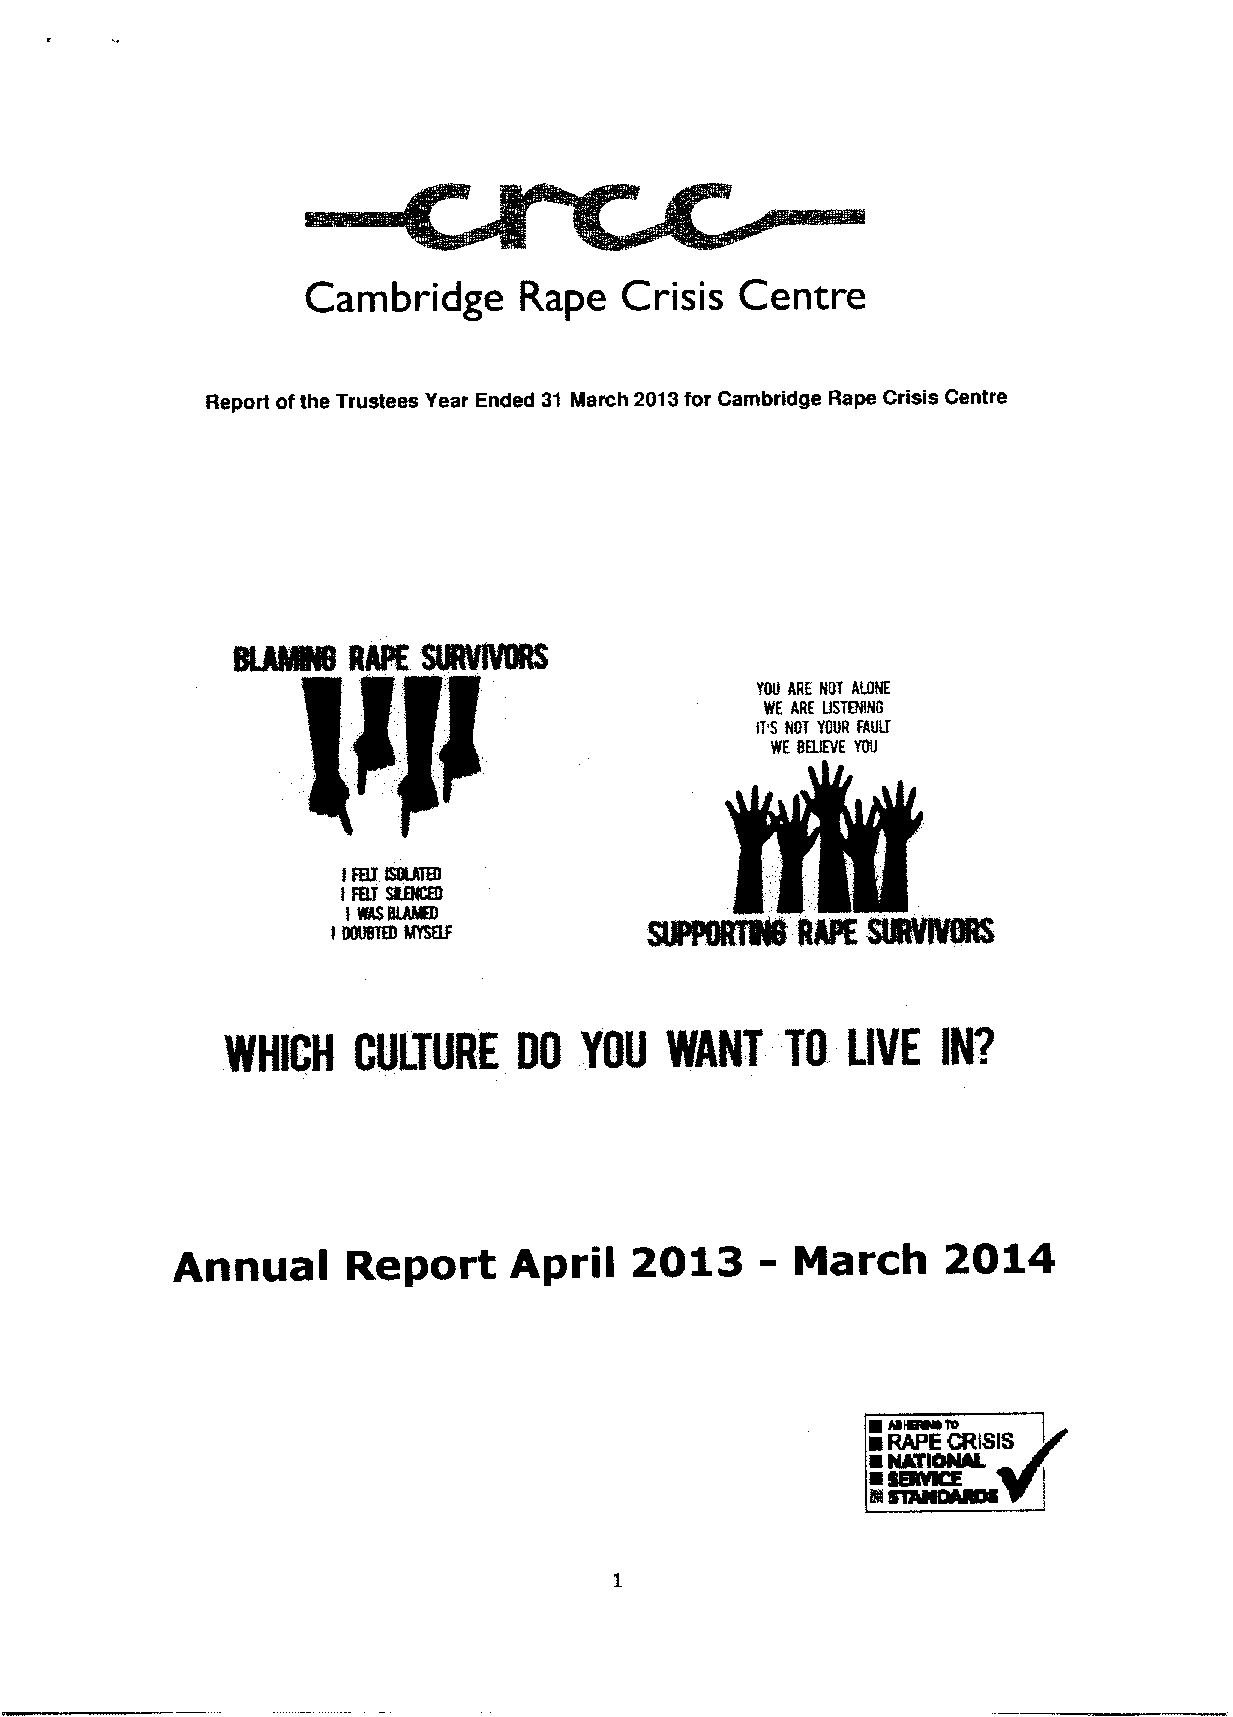
Cambridge     Rape   Crisis  Centre
 Report ofthe Trustees Year Ended 31 March 2013for Cambridge Rape Crisis Centre
 YOU ARE HOT ALOHE
 WE ARE IjSTEHIHG
 IT'S HOT YOUR FAULT
 WE BELIEVE YOU
 iFETI5RNE
 I FBIRBCED
 i N5 NAKED
 I DOUBTED MYSEiF
 WHICH   CULTURE    DO  YOU   WANT    TO  LIVE  INP
 -
 Annual      Report     April   2013       March     2Q14
 ~hlWOS
 tO
 ~RAPE CRISIS
 ~NATIONIL
 ~
 SERVKE
 IN $1%NQASPS